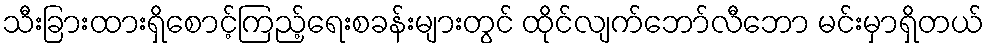
သီးခြားထားရှိစောင့်ကြည့်ရေးစခန်းများတွင် ထိုင်လျက်ဘော်လီဘော မင်းမှာရှိတယ်